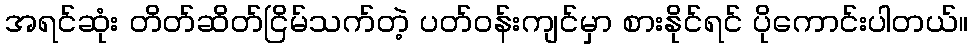
အရင်ဆုံး တိတ်ဆိတ်ငြိမ်သက်တဲ့ ပတ်ဝန်းကျင်မှာ စားနိုင်ရင် ပိုကောင်းပါတယ်။